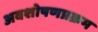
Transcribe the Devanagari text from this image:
अवशोषणप्रक्रम